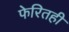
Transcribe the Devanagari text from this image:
फेरितही